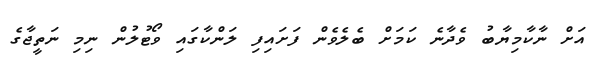
އަށް ނާކާމިޔާބު ވެދާނެ ކަމަށް ބެލެވެން ފަށައިފި ލަންކާގައި ވޯޓުލުން ނިމި ނަތީޖާގެ